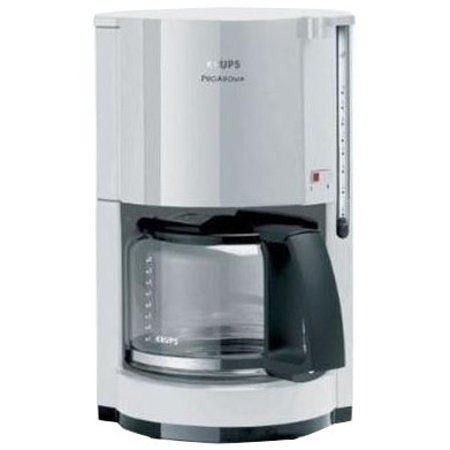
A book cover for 40 Common Errors in Racquetball and How to Correct Them; Arthur Shay; Sports & Outdoors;